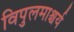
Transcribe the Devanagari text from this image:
विपुलमाश्चर्य